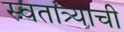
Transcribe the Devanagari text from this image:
स्वतांत्र्याची